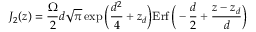
J _ { 2 } ( z ) = \frac { \Omega } { 2 } d \sqrt { \pi } \exp { \bigg ( \frac { d ^ { 2 } } { 4 } + z _ { d } \bigg ) } \mathrm { E r f } \, { \bigg ( - \frac { d } { 2 } + \frac { z - z _ { d } } { d } \bigg ) }